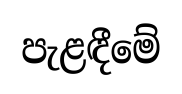
පැළඳීමේ